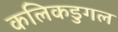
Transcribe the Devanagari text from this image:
कलिकडुगल